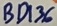
Text: BD136